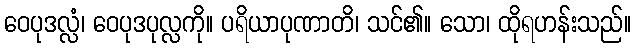
ဝေပုဒလ္လံ၊ ဝေပုဒပုလ္လကို။ ပရိယာပုဏာတိ၊ သင်၏။ သော၊ ထိုရဟန်းသည်။